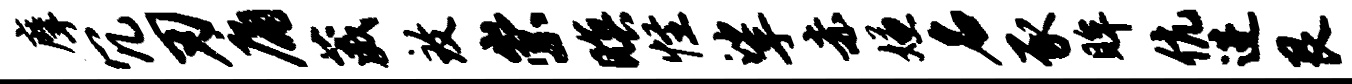
摩冗刃庸葳致崇暝怪挲赤嫌名豕眸伉进艮